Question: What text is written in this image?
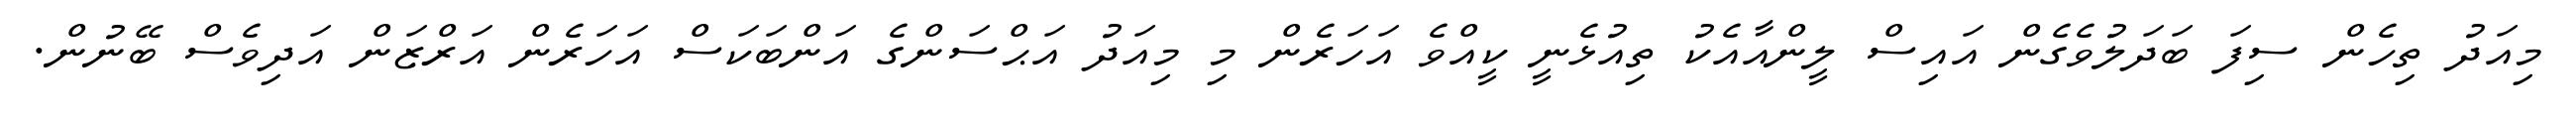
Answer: މިއަދު ތިހެން ސިފަ ބަދަލުވެގެން އައިސް ލީންއާއެކު ތިއުޅެނީ ކީއްވެ އަހަރެން މި މިއަދު އަޙްސަންގެ އަންބަކަސް އަހަރެން އަރްޒަން އަދިވެސް ބޭނުން.